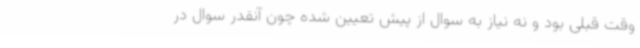
وقت قبلی بود و نه نیاز به سوال از پیش تعیین شده چون آنقدر سوال در